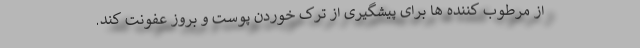
از مرطوب کننده ها برای پیشگیری از ترک خوردن پوست و بروز عفونت کند.